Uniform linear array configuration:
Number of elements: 16
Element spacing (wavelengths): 0.5
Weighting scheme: uniform
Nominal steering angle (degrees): -60
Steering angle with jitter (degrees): -58.933
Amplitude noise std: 0.05
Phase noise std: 0.05

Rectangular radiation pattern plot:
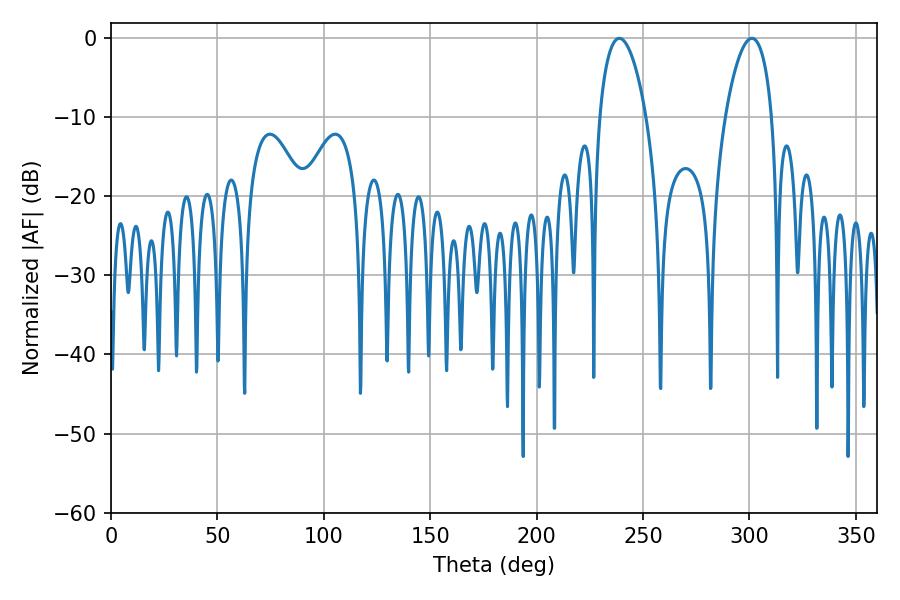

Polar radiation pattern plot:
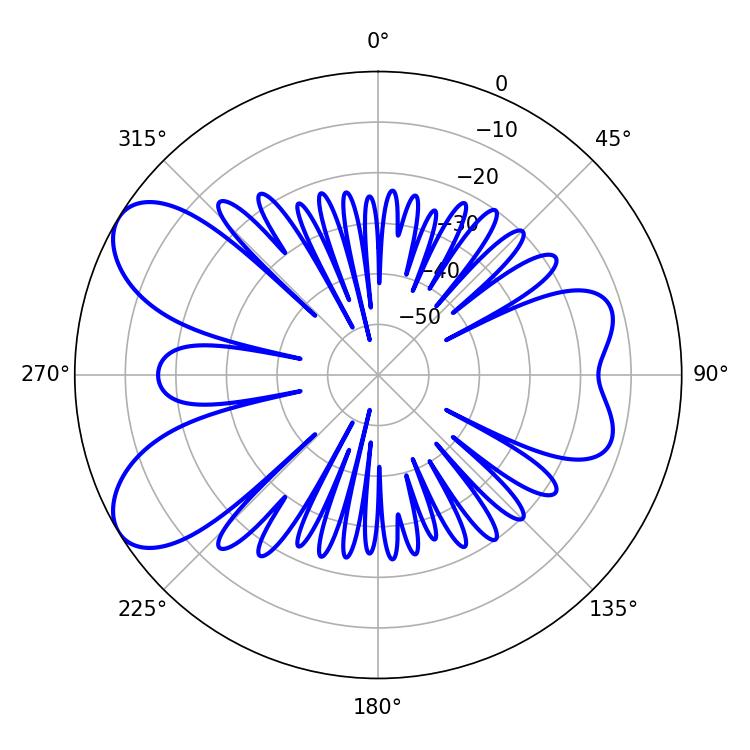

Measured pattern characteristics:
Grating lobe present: FALSE
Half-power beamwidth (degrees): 12.24
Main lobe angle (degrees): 238.86